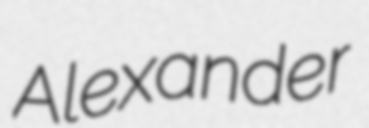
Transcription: Alexander